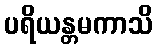
ပရိယန္တမကာသိ